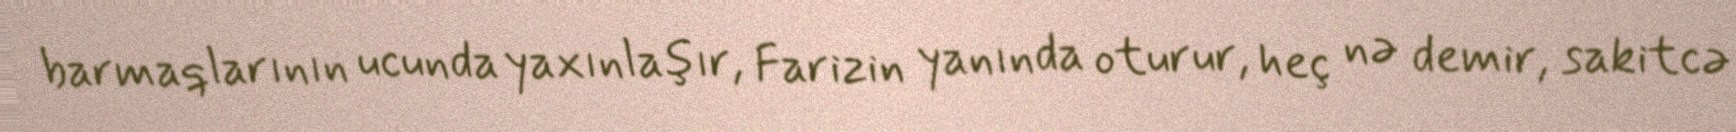
barmaqlarının ucunda yaxınlaşır, Farizin yanında oturur, heç nə demir, sakitcə